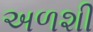
અળશી